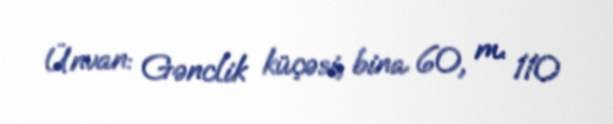
Ünvan: Gənclik küçəsi, bina 60, m. 110